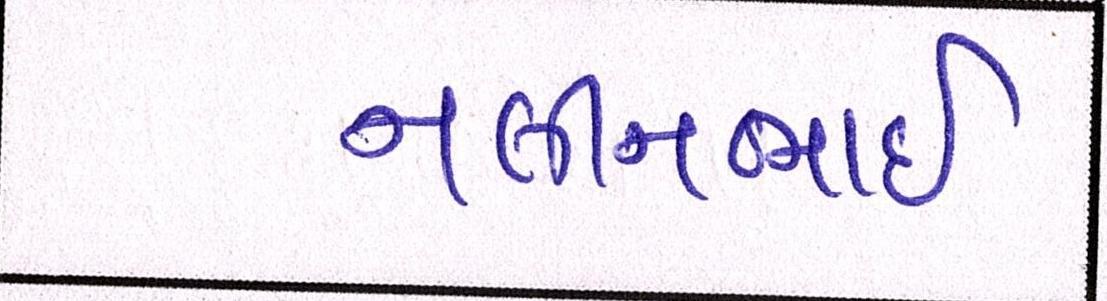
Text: નલીનભાઈ